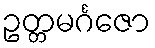
ဥတ္တမင်္ဂဇော